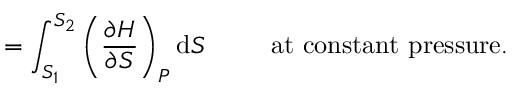
= \int _ { S _ { 1 } } ^ { S _ { 2 } } \left( { \frac { \partial H } { \partial S } } \right) _ { P } \mathrm { d } S \, \, \, \, \, \, \, \, \, \, \, \, \, \, \, { \mathrm { a t ~ c o n s t a n t ~ p r e s s u r e . } }